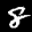
Label: 8